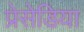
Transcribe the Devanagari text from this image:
प्रेसेडिया